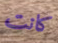
كانت